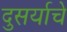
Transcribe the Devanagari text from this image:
दुसर्याचे